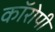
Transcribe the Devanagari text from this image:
कॉरोपी